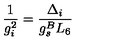
\frac { 1 } { g _ { i } ^ { 2 } } = \frac { \Delta _ { i } } { g _ { s } ^ { B } L _ { 6 } }